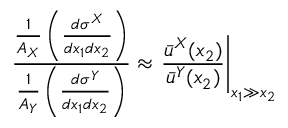
\frac { \frac { 1 } { A _ { X } } \left( \frac { d \sigma ^ { X } } { d x _ { 1 } d x _ { 2 } } \right) } { \frac { 1 } { A _ { Y } } \left( \frac { d \sigma ^ { Y } } { d x _ { 1 } d x _ { 2 } } \right) } \approx \left. \frac { \bar { u } ^ { X } ( x _ { 2 } ) } { \bar { u } ^ { Y } ( x _ { 2 } ) } \right| _ { x _ { 1 } \gg x _ { 2 } }